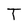
Character: T